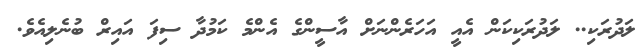
ލަދުރަކި.. ލަދުރަކިކަން އެއީ އަހަރެންނަށް އާސީންގެ އެންމެ ކަމުދާ ސިފަ އައިރް ބުނެލިއެވެ.